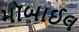
મૉબાઈલ